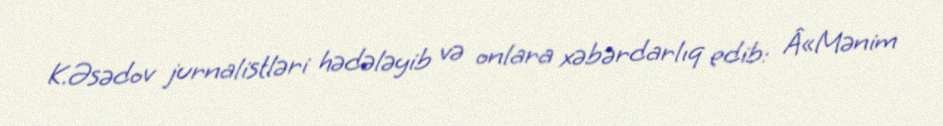
K.Əsədov jurnalistləri hədələyib və onlara xəbərdarlıq edib: Â«Mənim